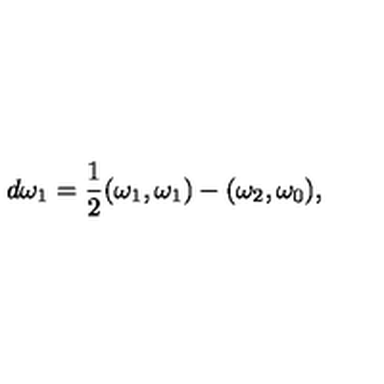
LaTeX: d \omega _ { 1 } = { \frac { 1 } { 2 } } ( \omega _ { 1 } , \omega _ { 1 } ) - ( \omega _ { 2 } , \omega _ { 0 } ) ,